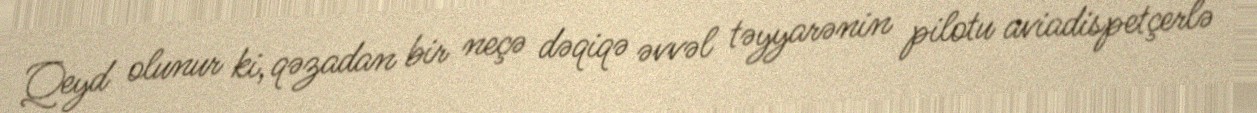
Qeyd olunur ki, qəzadan bir neçə dəqiqə əvvəl təyyarənin pilotu aviadispetçerlə